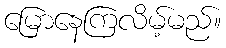
မြောနေကြလိမ့်မည်။